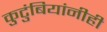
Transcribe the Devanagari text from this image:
कुटुंबियांनीही